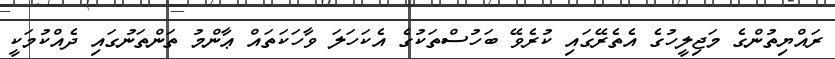
ރައްޔިތުންގެ މަޖިލީހުގެ އެތެރޭގައި ކުރެވޭ ބަހުސްތަކުގެ އެކަހަލަ ވާހަކަތައް ޢާންމު ތަންތަނުގައި ދެއްކުމަކީ